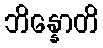
ဘိန္နောတိ